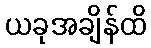
ယခုအချိန်ထိ